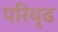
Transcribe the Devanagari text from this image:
परिवृढ